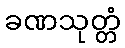
ခဏသုတ္တံ